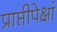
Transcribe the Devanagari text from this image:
प्राप्तीपेक्षां